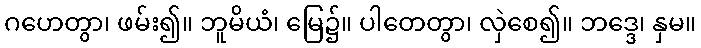
ဂဟေတွာ၊ ဖမ်း၍။ ဘူမိယံ၊ မြေ၌။ ပါတေတွာ၊ လှဲစေ၍။ ဘဒ္ဒေ၊ နှမ။